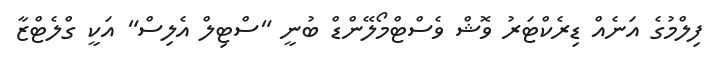
ފިލްމުގެ އަނެއް ޑިރެކްޓަރު ވޮޝް ވެސްޓްމޯލޭންޑް ބުނީ "ސްޓިލް އެލިސް" އަކީ ގްލެޓްޒާ